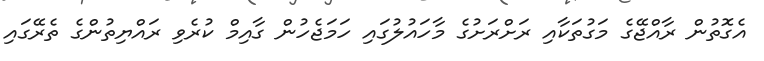
އެގޮތުން ރާއްޖޭގެ މަގުތަކާއި ރަށްރަށުގެ މާހައުލުގައި ހަމަޖެހުން ގާއިމް ކުރެވި ރައްޔިތުންގެ ތެރޭގައި